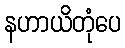
နဟာယိတုံပေ